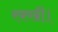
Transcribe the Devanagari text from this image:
रक्खीं।